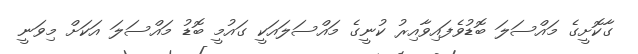
ގާކޮށީގެ މައްސަލަ ބޮޑުވެފައިވާއިރު ކުނީގެ މައްސަލައަކީ ގައުމީ ބޮޑު މައްސަލަ އަކަށް މިވަނީ